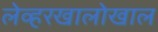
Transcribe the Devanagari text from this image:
लेव्हरखालोखाल